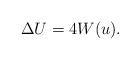
LaTeX: \begin{align*}\Delta U=4W(u).\end{align*}